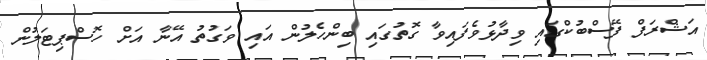
އަޝްރަފް ފޭސްބުކްގައި ވިދާޅުވެފައިވާ ގޮތުގައި ބިންހެލުން އައި ވަގުތު އޭނާ އަށް ހޮސްޕިޓަލުން